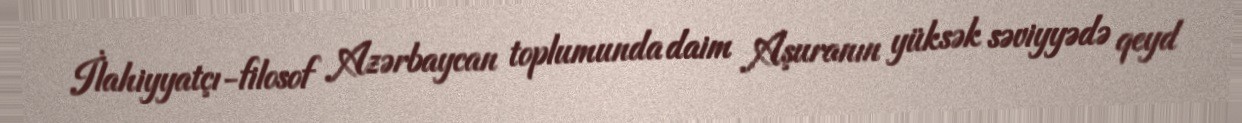
İlahiyyatçı-filosof Azərbaycan toplumunda daim Aşuranın yüksək səviyyədə qeyd